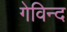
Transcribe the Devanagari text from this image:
गेविन्द